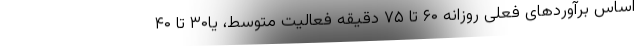
اساس برآوردهای فعلی روزانه ۶۰ تا ۷۵ دقیقه فعالیت متوسط، یا۳۰ تا ۴۰